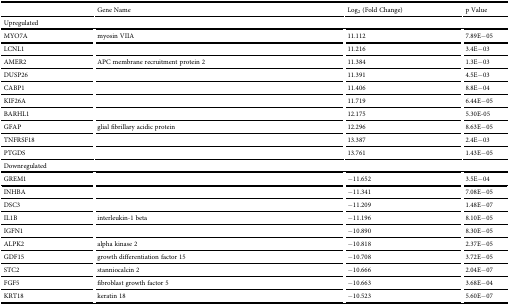
<table><thead><tr><td>[EMPTY_CELL]</td><td><b>Gene Name</b></td><td><b>Log<sub>2</sub> (Fold Change)</b></td><td><b>p Value</b></td></tr></thead><tbody><tr><td colspan="4"><b>Upregulated</b></td></tr><tr><td>MYO7A</td><td>myosin VIIA</td><td>11.112</td><td>7.89E−05</td></tr><tr><td>LCNL1</td><td>[EMPTY_CELL]</td><td>11.216</td><td>3.4E−03</td></tr><tr><td>AMER2</td><td>APC membrane recruitment protein 2</td><td>11.384</td><td>1.3E−03</td></tr><tr><td>DUSP26</td><td>[EMPTY_CELL]</td><td>11.391</td><td>4.5E−03</td></tr><tr><td>CABP1</td><td>[EMPTY_CELL]</td><td>11.406</td><td>8.8E−04</td></tr><tr><td>KIF26A</td><td>[EMPTY_CELL]</td><td>11.719</td><td>6.44E−05</td></tr><tr><td>BARHL1</td><td>[EMPTY_CELL]</td><td>12.175</td><td>5.30E-05</td></tr><tr><td>GFAP</td><td>glial fibrillary acidic protein</td><td>12.296</td><td>8.63E−05</td></tr><tr><td>TNFRSF18</td><td>[EMPTY_CELL]</td><td>13.387</td><td>2.4E−03</td></tr><tr><td>PTGDS</td><td>[EMPTY_CELL]</td><td>13.761</td><td>1.43E−05</td></tr><tr><td colspan="4"><b>Downregulated</b></td></tr><tr><td>GREM1</td><td>[EMPTY_CELL]</td><td>−11.652</td><td>3.5E−04</td></tr><tr><td>INHBA</td><td>[EMPTY_CELL]</td><td>−11.341</td><td>7.08E−05</td></tr><tr><td>DSC3</td><td>[EMPTY_CELL]</td><td>−11.209</td><td>1.48E−07</td></tr><tr><td>IL1B</td><td>interleukin-1 beta</td><td>−11.196</td><td>8.10E−05</td></tr><tr><td>IGFN1</td><td>[EMPTY_CELL]</td><td>−10.890</td><td>8.30E−05</td></tr><tr><td>ALPK2</td><td>alpha kinase 2</td><td>−10.818</td><td>2.37E−05</td></tr><tr><td>GDF15</td><td>growth differentiation factor 15</td><td>−10.708</td><td>3.72E−05</td></tr><tr><td>STC2</td><td>stanniocalcin 2</td><td>−10.666</td><td>2.04E−07</td></tr><tr><td>FGF5</td><td>fibroblast growth factor 5</td><td>−10.663</td><td>3.68E−04</td></tr><tr><td>KRT18</td><td>keratin 18</td><td>−10.523</td><td>5.60E−07</td></tr></tbody></table>